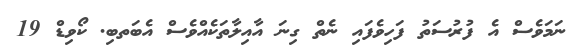
ނަމަވެސް އެ ފުރުސަތު ފަހިވެފައި ނެތް ގިނަ އާއިލާތަކެއްވެސް އެބަތބި. ކޯވިޑް 19